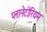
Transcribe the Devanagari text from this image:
प्लानेटोरियम